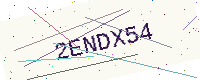
Text: 2ENDX54